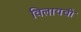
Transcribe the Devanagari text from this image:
विलायची